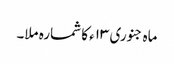
ماہ جنوری ۱۳ء کا شمارہ ملا۔